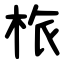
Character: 㭚